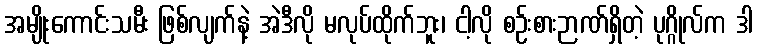
အမျိုးကောင်းသမီး ဖြစ်လျက်နဲ့ အဲဒီလို မလုပ်ထိုက်ဘူး၊ ငါ့လို စဉ်းစားဉာဏ်ရှိတဲ့ ပုဂ္ဂိုလ်က ဒါ